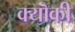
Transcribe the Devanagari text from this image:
क्यॊंकी